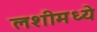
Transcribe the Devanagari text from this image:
लशीमध्ये